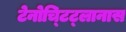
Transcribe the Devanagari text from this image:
टेनोच्टिट्लानास